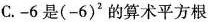
C.-6是(-6)'的算术平方根